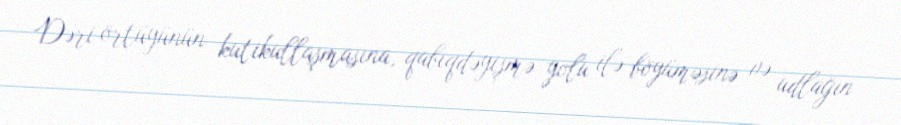
Dəri örtüyünün kutikullaşmasına, qabıqdəyişmə yolu ilə böyüməsinə və udlağın